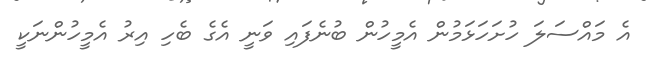
އެ މައްސަލަ ހުށަހަޅަމުން އެމީހުން ބުނެފައި ވަނީ އެގެ ބެހި އިރު އެމީހުންނަކީ